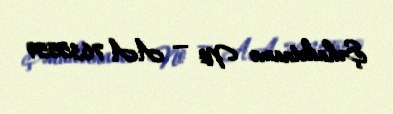
Şəhadətnamə № — AA 7635559